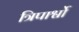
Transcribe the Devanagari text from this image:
त्रिपार्श्वो